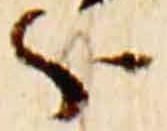
分